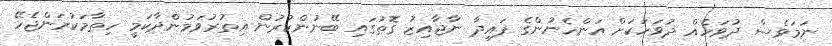
ނަމަވެސް ދުވަހެއް ދުވަހަކަށް އަންހެނުންގެ ފައިދާ ނާޖާއިޒު ގޮތުގައި ބޭނުންކުރުން އިތުރުވަމުންދާކަމީ ހިތާމަކުރަންޖެހޭ